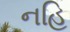
નહિ